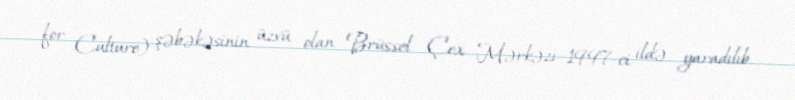
for Culture) şəbəkəsinin üzvü olan Brüssel Çex Mərkəzi 1997-ci ildə yaradılıb.